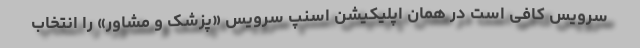
سرویس کافی است در همان اپلیکیشن اسنپ سرویس «پزشک و مشاور» را انتخاب